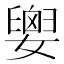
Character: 𡢗